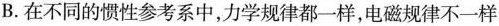
B.在不同的惯性参考系中，力学规律都一样，电磁规律不一样